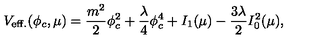
V _ { \mathrm { e f f . } } ( \phi _ { c } , \mu ) = \frac { m ^ { 2 } } { 2 } \phi _ { c } ^ { 2 } + \frac { \lambda } { 4 } \phi _ { c } ^ { 4 } + I _ { 1 } ( \mu ) - \frac { 3 \lambda } { 2 } I _ { 0 } ^ { 2 } ( \mu ) ,